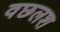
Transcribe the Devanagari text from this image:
वछलश